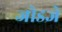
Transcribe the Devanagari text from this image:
जोडज्ञे